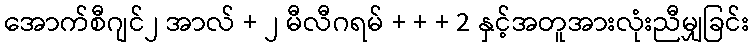
အောက်စီဂျင်၂ အာလ် + ၂ မီလီဂရမ် + + + 2 နှင့်အတူအားလုံးညီမျှခြင်း